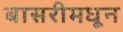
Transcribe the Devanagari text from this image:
बासरीमधून